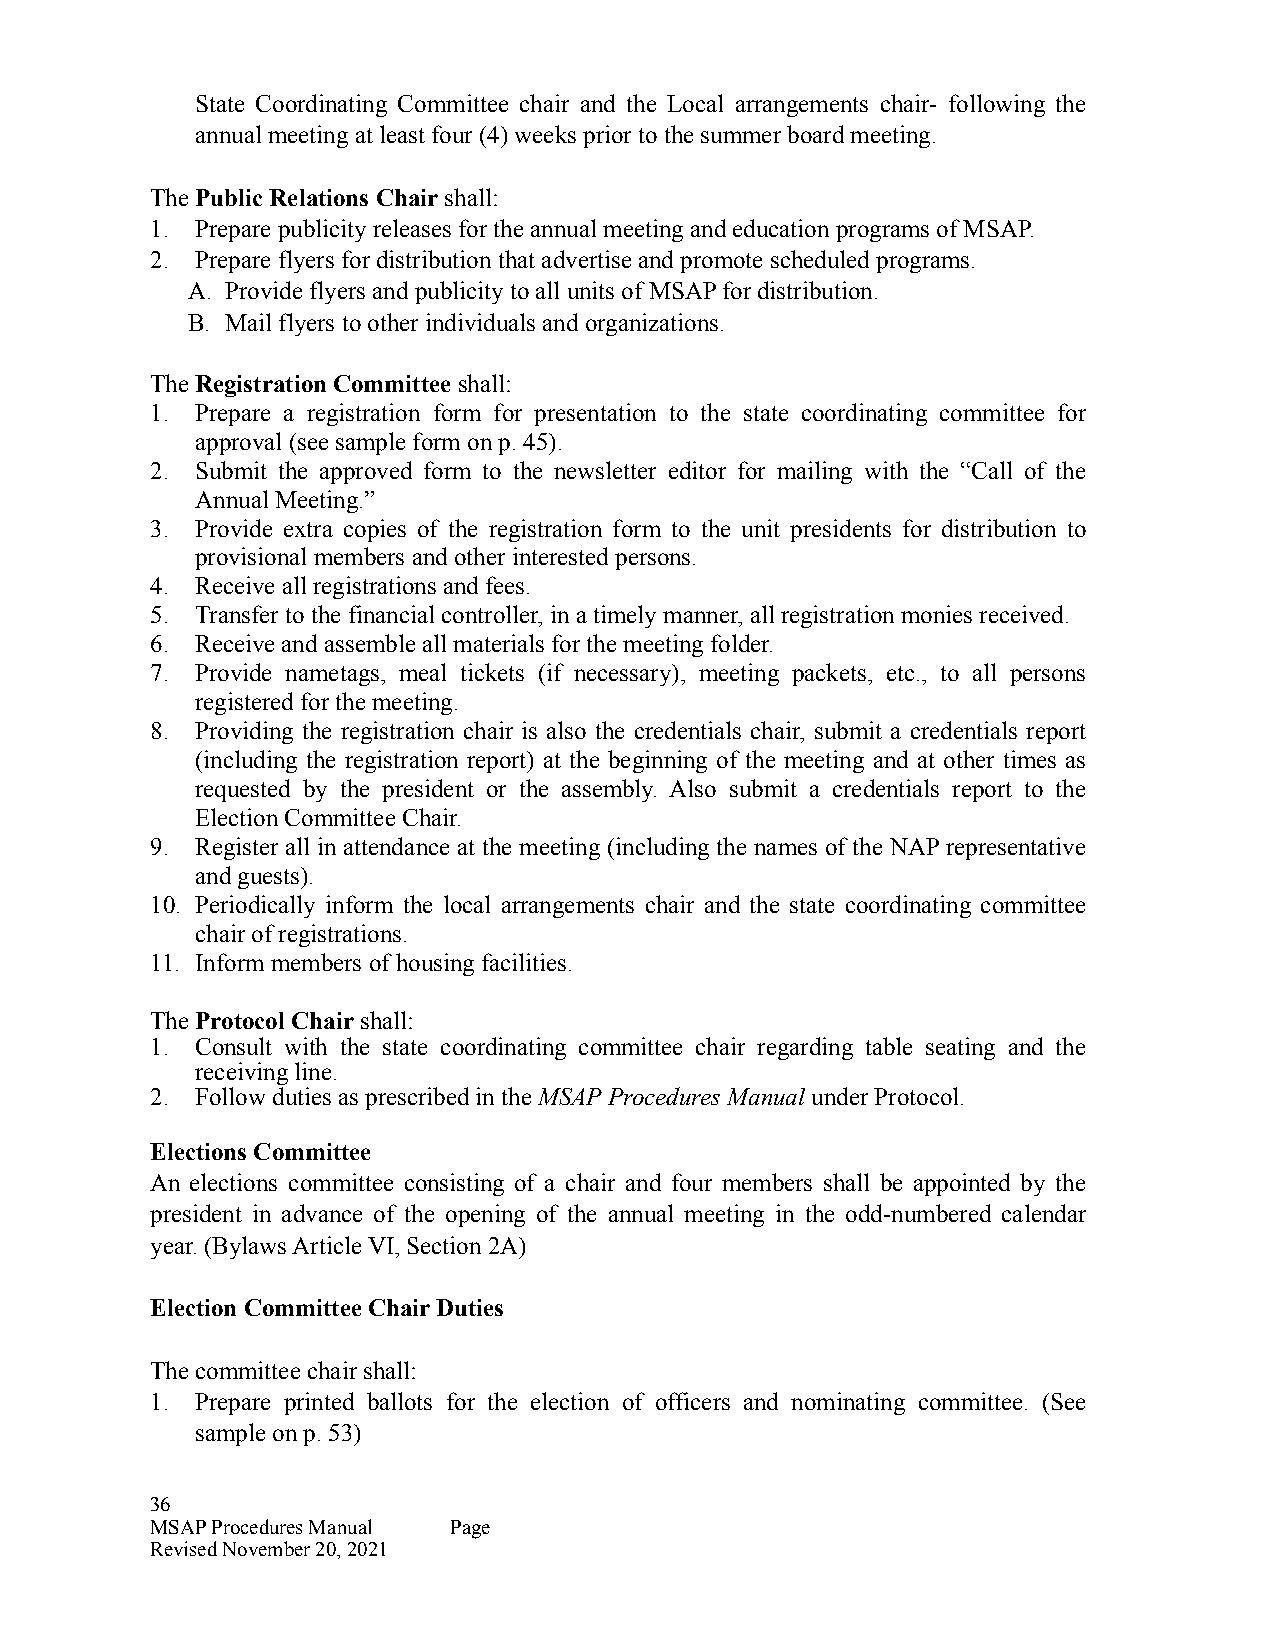
State Coordinating Committee chair and the Local arrangements chair- following the
 annual meeting at least four (4) weeks prior to the summer board meeting.
 The Public Relations Chair shall:
 1. Prepare publicity releases for the annual meeting and education programs of MSAP.
 2. Prepare flyers for distribution that advertise and promote scheduled programs.
 A. Provide flyers and publicity to all units of MSAP for distribution.
 B. Mail flyers to other individuals and organizations.
 The Registration Committee shall:
 1. Prepare a registration form for presentation to the state coordinating committee for
 approval (see sample form on p. 45).
 2. Submit the approved form to the newsletter editor for mailing with the “Call of the
 Annual Meeting.”
 3. Provide extra copies of the registration form to the unit presidents for distribution to
 provisional members and other interested persons.
 4. Receive all registrations and fees.
 5. Transfer to the financial controller, in a timely manner, all registration monies received.
 6. Receive and assemble all materials for the meeting folder.
 7. Provide nametags, meal tickets (if necessary), meeting packets, etc., to all persons
 registered for the meeting.
 8. Providing the registration chair is also the credentials chair, submit a credentials report
 (including the registration report) at the beginning of the meeting and at other times as
 requested by the president or the assembly. Also submit a credentials report to the
 Election Committee Chair.
 9. Register all in attendance at the meeting (including the names of the NAP representative
 and guests).
 10. Periodically inform the local arrangements chair and the state coordinating committee
 chair of registrations.
 11. Inform members of housing facilities.
 The Protocol Chair shall:
 1. Consult with the state coordinating committee chair regarding table seating and the
 receiving line.
 2. Follow duties as prescribed in the MSAP Procedures Manual under Protocol.
 Elections Committee
 An elections committee consisting of a chair and four members shall be appointed by the
 president in advance of the opening of the annual meeting in the odd-numbered calendar
 year. (Bylaws Article VI, Section 2A)
 Election Committee Chair Duties
 The committee chair shall:
 1. Prepare printed ballots for the election of officers and nominating committee. (See
 sample on p. 53)
 36
 MSAP Procedures Manual Page
 Revised November 20, 2021